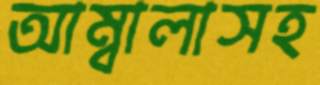
আম্বালাসহ